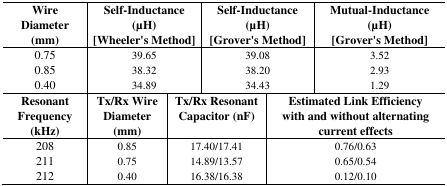
<table><thead><tr><td><b>Wire Diameter (mm)</b></td><td colspan="2"><b>Self-Inductance (μH)[Wheeler&#x27;s Method]</b></td><td colspan="2"><b>Self-Inductance (μH)[Grover&#x27;s Method]</b></td><td><b>Mutual-Inductance (μH)[Grover&#x27;s Method]</b></td></tr></thead><tbody><tr><td>0.750.850.40</td><td colspan="2">39.6538.3234.89</td><td colspan="2">39.0838.2034.43</td><td>3.522.931.29</td></tr><tr><td><b>Resonant Frequency (kHz)</b></td><td><b>Tx/Rx Wire Diameter (mm)</b></td><td colspan="2"><b>Tx/Rx Resonant Capacitor (nF)</b></td><td colspan="2"><b>Estimated Link Efficiency</b><b>with and without alternating current effects</b></td></tr><tr><td>208211212</td><td>0.850.750.40</td><td colspan="2">17.40/17.4114.89/13.5716.38/16.38</td><td colspan="2">0.76/0.630.65/0.540.12/0.10</td></tr></tbody></table>